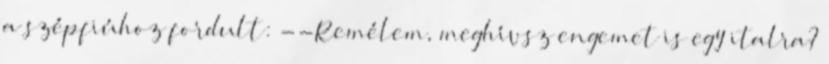
a szépfiúhoz fordult: --Remélem, meghívsz engemet is egy italra?